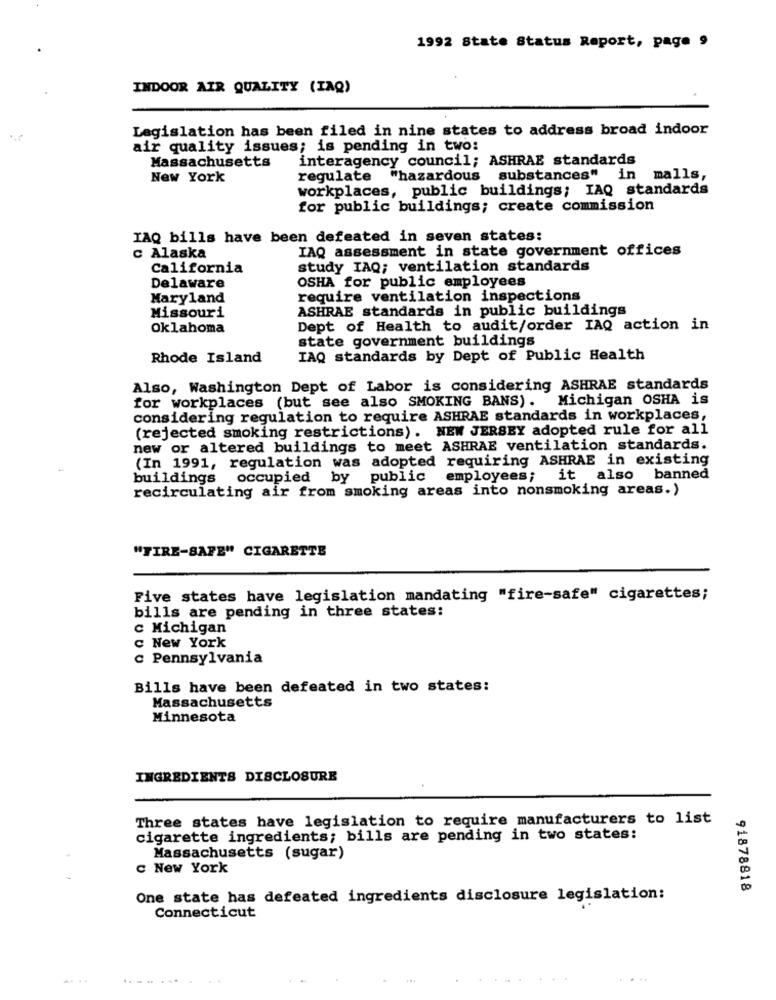
1992 State Status Report, page 9
INDOOR AIR QUALITY (IAQ)
Legislation has been filed in nine states to address broad indoor
air quality issues; is pending in two:
interagency council; ASHRAE standards
Massachusetts
New York
regulate
"hazardous substances" in malls,
workplaces, public buildings; IAQ standards
for public buildings; create commission
IAQ bills have been defeated in seven states:
IAQ assessment in state government offices
c Alaska
California
study IAQ; ventilation standards
Delaware
OSHA for public employees
Maryland
require ventilation inspections
Missouri
ASHRAE standards in public buildings
Oklahoma
Dept of Health to audit/order IAQ action in
state government buildings
Rhode Island
IAQ standards by Dept of Public Health
Also, Washington Dept of Labor is considering ASHRAE standards
for workplaces (but see also SMOKING BANS). Michigan OSHA is
considering regulation to require ASHRAE standards in workplaces,
(rejected smoking restrictions). NEW JERSEY adopted rule for all
new or altered buildings to meet ASHRAE ventilation standards.
(In 1991, regulation was adopted requiring ASHRAE in existing
buildings occupied by public employees;
it also
banned
recirculating air from smoking areas into nonsmoking areas.)
"TIRE-SAFE" CIGARETTE
Five states have legislation mandating "fire-safe" cigarettes;
bills are pending in three states:
c Michigan
c New York
c Pennsylvania
Bills have been defeated in two states:
Massachusetts
Minnesota
INGREDIENTS DISCLOSURE
Three states have legislation to require manufacturers to list
cigarette ingredients; bills are pending in two states:
Massachusetts (sugar)
C New York
91878818
One state has defeated ingredients disclosure legislation:
Connecticut
....